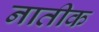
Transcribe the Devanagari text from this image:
नातीक